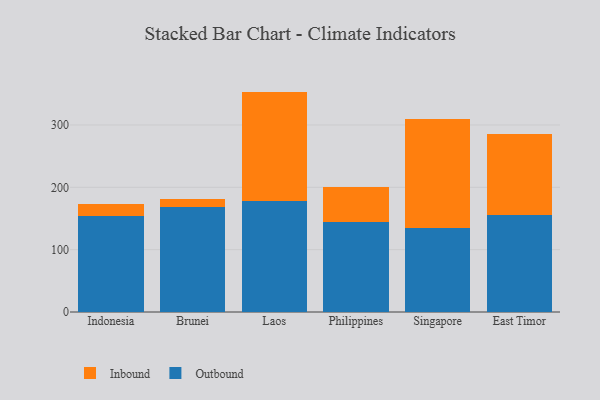
{"axis": {"x": "Country", "y": "Revenue (USD Million)"}, "legend": ["Inbound", "Outbound"], "data": [{"x": "Indonesia", "y": 153.5, "type": "Outbound"}, {"x": "Indonesia", "y": 19.2, "type": "Inbound"}, {"x": "Brunei", "y": 168.1, "type": "Outbound"}, {"x": "Brunei", "y": 13.6, "type": "Inbound"}, {"x": "Laos", "y": 177.8, "type": "Outbound"}, {"x": "Laos", "y": 175.7, "type": "Inbound"}, {"x": "Philippines", "y": 143.6, "type": "Outbound"}, {"x": "Philippines", "y": 56.3, "type": "Inbound"}, {"x": "Singapore", "y": 135.2, "type": "Outbound"}, {"x": "Singapore", "y": 174.2, "type": "Inbound"}, {"x": "East Timor", "y": 155.1, "type": "Outbound"}, {"x": "East Timor", "y": 130.2, "type": "Inbound"}]}